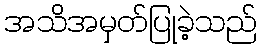
အသိအမှတ်ပြုခဲ့သည်